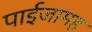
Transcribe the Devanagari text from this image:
पाईजामह